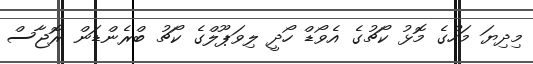
މިދިޔަ މަހުގެ މޮޅު ކޯޗުގެ އެވޯޑް ހޯދީ ލިވަޕޫލްގެ ކޯޗު ބްރެންޑަން ރޮޖާސް